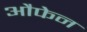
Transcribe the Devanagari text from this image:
औफेन